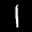
Label: 1